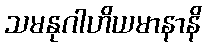
သမနုဂါဟိယမာနာနိ